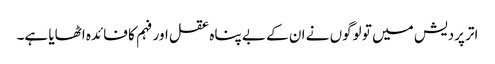
اتر پردیش میں تو لوگوں نے ان کے بے پناہ عقل اور فہم کا فائدہ اٹھایا ہے۔